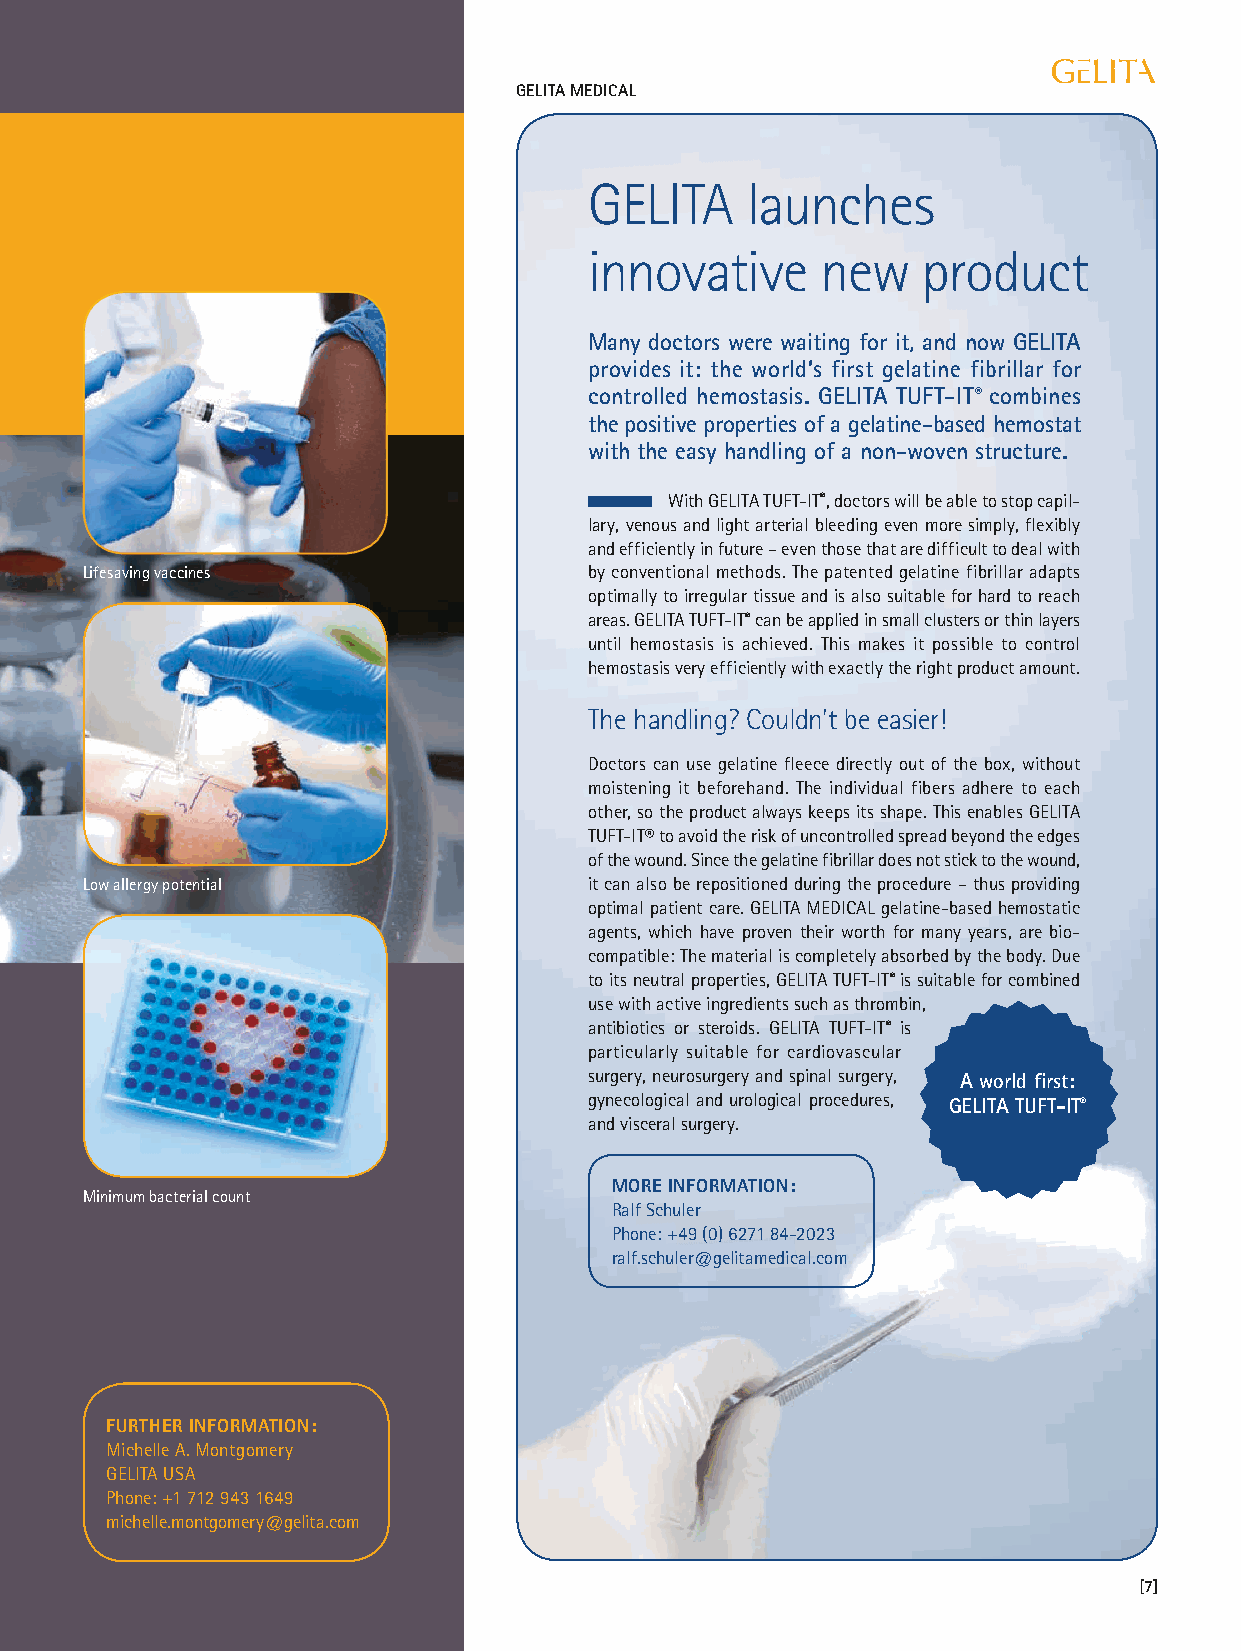
GELITA MEDICAL
 On the safe side –
 GELITA    launches
 innovative     new    product
 thanks to gelatine
 Many doctors were waiting for it, and now GELITA
 provides it: the world’s first gelatine fibrillar for
 controlled hemostasis. GELITA TUFT-IT® combines
 the positive properties of a gelatine-based hemostat
 with the easy handling of a non-woven structure.
 With GELITA TUFT-IT®, doctors will be able to stop capil-
 lary, venous and light arterial bleeding even more simply, flexibly
 and efficiently in future – even those that are difficult to deal with
 Lifesaving vaccines               by conventional methods. The patented gelatine fibrillar adapts
 optimally to irregular tissue and is also suitable for hard to reach
 areas. GELITA TUFT-IT® can be applied in small clusters or thin layers
 until hemostasis is achieved. This makes it possible to control
 hemostasis very efficiently with exactly the right product amount.
 The handling? Couldn’t be easier!
 Doctors can use gelatine fleece directly out of the box, without
 moistening it beforehand. The individual fibers adhere to each
 other, so the product always keeps its shape. This enables GELITA
 TUFT-IT® to avoid the risk of uncontrolled spread beyond the edges
 of the wound. Since the gelatine fibrillar does not stick to the wound,
 Low allergy potential             it can also be repositioned during the procedure – thus providing
 optimal patient care. GELITA MEDICAL gelatine-based hemostatic
 agents, which have proven their worth for many years, are bio-
 compatible: The material is completely absorbed by the body. Due
 to its neutral properties, GELITA TUFT-IT® is suitable for combined
 use with active ingredients such as thrombin,
 antibiotics or steroids. GELITA TUFT-IT® is
 particularly suitable for cardiovascular
 surgery, neurosurgery and spinal surgery, A world first:
 gynecological and urological procedures, GELITA TUFT-IT®
 and visceral surgery.
 MORE INFORMATION:
 Minimum bacterial count
 Ralf Schuler
 Phone: +49 (0) 6271 84-2023
 ralf.schuler@gelitamedical.com
 FURTHER INFORMATION:
 Michelle A. Montgomery
 GELITA USA
 Phone: +1 712 943 1649
 michelle.montgomery@gelita.com
 [7]